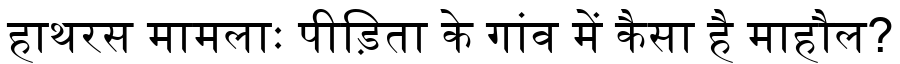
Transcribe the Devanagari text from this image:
हाथरस मामलाः पीड़िता के गांव में कैसा है माहौल?